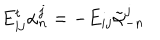
E _ { i j } ^ { t } \alpha _ { n } ^ { j } = - E _ { i j } \tilde { \alpha } _ { - n } ^ { j }